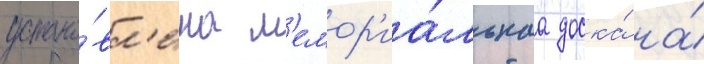
устано́вл'ена м'емор'иа́льнаа доска́ на́